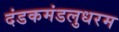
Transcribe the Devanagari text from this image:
दंडकमंडलुधरम